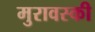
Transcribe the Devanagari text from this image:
मुरावस्की